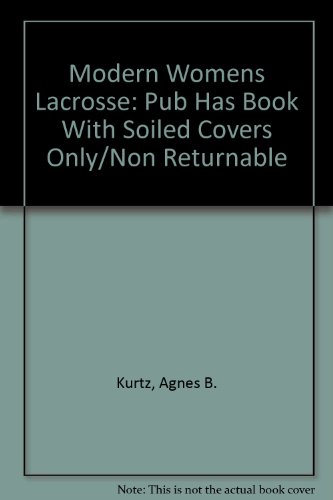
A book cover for Modern Womens Lacrosse; Tina Sloan Green; Sports & Outdoors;